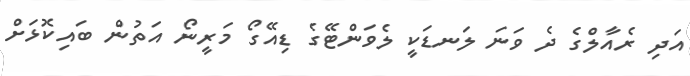
އަދި ރެއާލްގެ ދެ ވަނަ ލަނޑަކީ ލެވަންޓޭގެ ޑިއޭގޯ މަރީނޯ އަތުން ބައިކޮޅަށް